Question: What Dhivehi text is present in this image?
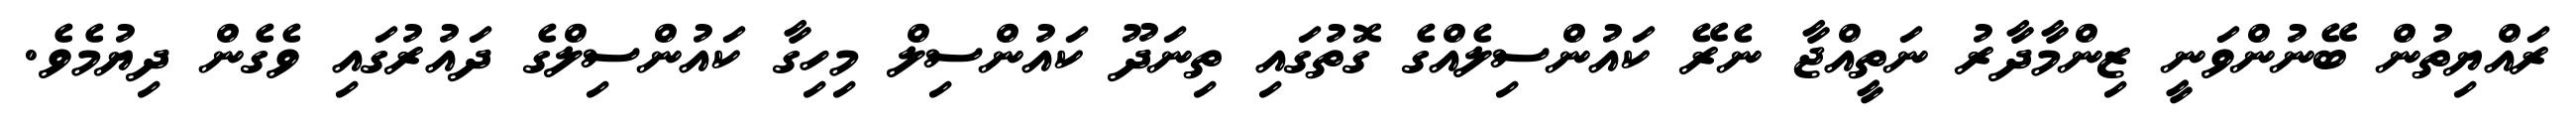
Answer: ރައްޔިތުން ބޭނުންވަނީ ޒިންމާދާރު ނަތީއްޖާ ނެރޭ ކައުންސިލެއްގެ ގޮތުގައި ތިނަދޫ ކައުންސިލް މިހިގާ ކައުންސިލްގެ ދައުރުގައި ވެގެން ދިޔުމެވެ.